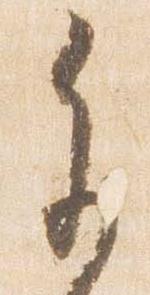
参